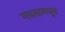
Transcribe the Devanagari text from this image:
गवतामधून